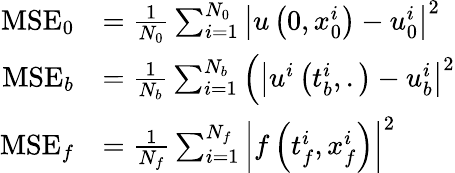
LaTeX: \begin{array}{rl}{\mathrm{MSE}_{0}}&{=\frac{1}{N_{0}}\sum_{i=1}^{N_{0}}\left|u\left(0,x_{0}^{i}\right)-u_{0}^{i}\right|^{2}}\\ {\mathrm{MSE}_{b}}&{=\frac{1}{N_{b}}\sum_{i=1}^{N_{b}}\left(\left|u^{i}\left(t_{b}^{i},.\right)-u_{b}^{i}\right|^{2}\right.}\\ {\mathrm{MSE}_{f}}&{=\frac{1}{N_{f}}\sum_{i=1}^{N_{f}}\left|f\left(t_{f}^{i},x_{f}^{i}\right)\right|^{2}}\end{array}